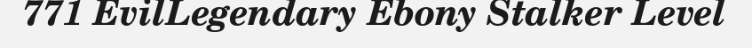
771 EvilLegendary Ebony Stalker Level